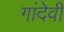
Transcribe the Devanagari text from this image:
गांदेवी